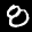
Label: 8